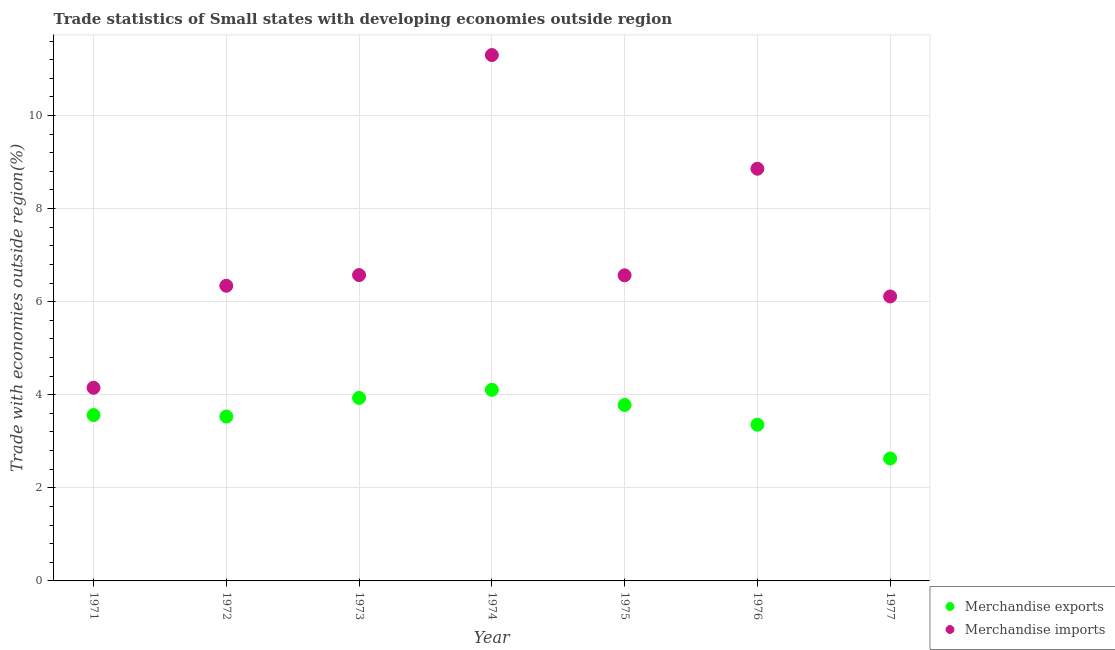
| Year | Merchandise exports | Merchandise imports |
 | --- | --- | --- |
 | 1971 | 3.56 | 4.15 |
 | 1972 | 3.53 | 6.34 |
 | 1973 | 3.93 | 6.57 |
 | 1974 | 4.11 | 11.3 |
 | 1975 | 3.78 | 6.57 |
 | 1976 | 3.36 | 8.86 |
 | 1977 | 2.63 | 6.11 |